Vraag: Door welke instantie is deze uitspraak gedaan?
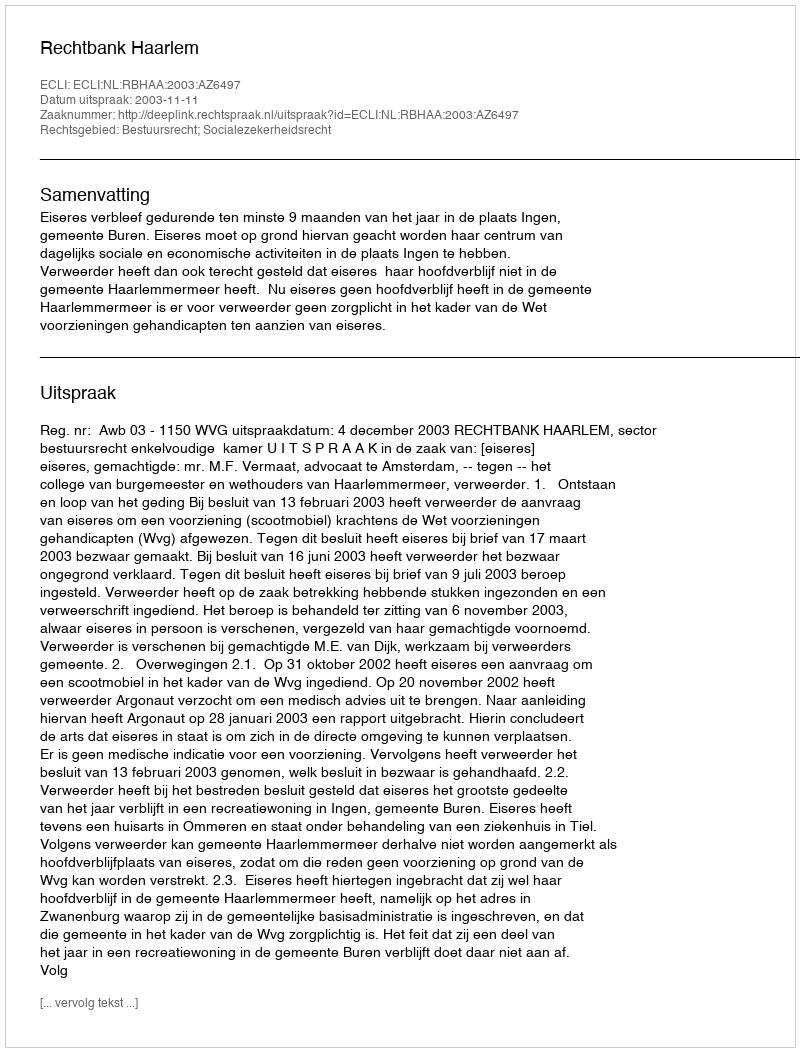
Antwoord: Rechtbank Haarlem